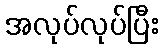
အလုပ်လုပ်ပြီး